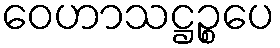
ဝေဟာသဋ္ဌဉ္စပေ